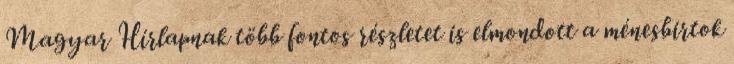
Magyar Hírlapnak több fontos részletet is elmondott a ménesbirtok